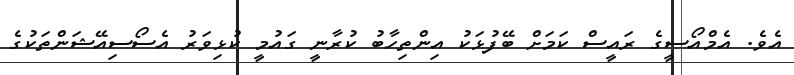
އެވެ. އެމްއޯސީގެ ރައީސް ކަމަަށް ބޭފުޅަކު އިންތިހާބު ކުރާނީ ގައުމީ ކުޅިވަރު އެސޯސިއޭޝަންތަކުގެ